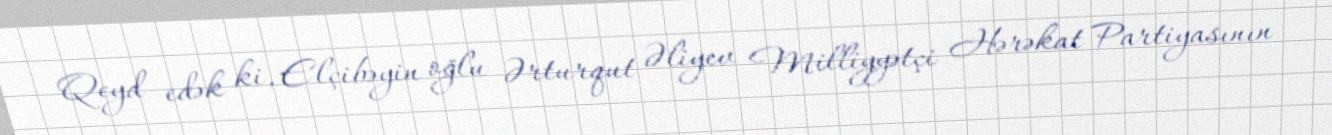
Qeyd edək ki, Elçibəyin oğlu Ərturqut Əliyev Milliyyətçi Hərəkat Partiyasının